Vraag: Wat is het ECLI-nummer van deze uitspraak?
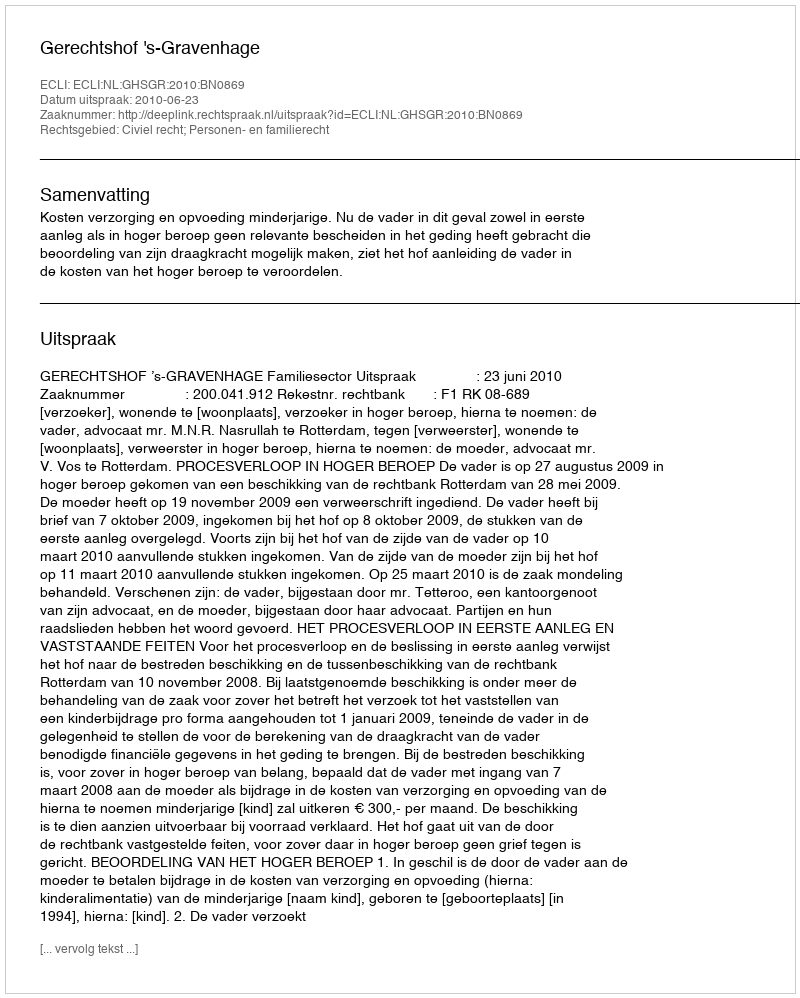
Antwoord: ECLI:NL:GHSGR:2010:BN0869